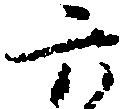
六